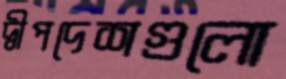
দ্বীপদেশগুলো